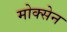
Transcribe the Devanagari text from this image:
मोक्सेन